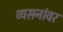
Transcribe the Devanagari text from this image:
व्यसनांवर